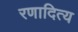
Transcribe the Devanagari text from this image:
रणादित्य